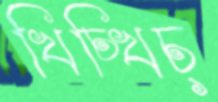
খিচ্‌খিচ্‌